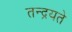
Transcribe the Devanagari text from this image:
तन्द्रयते